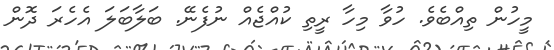
މީހުން ތިއްބެވެ. ހުވާ މިހާ ރީތި ކުއްޖެއް ނުފެނޭ. ބަލާބަލަ އެހެރަ ދޮން